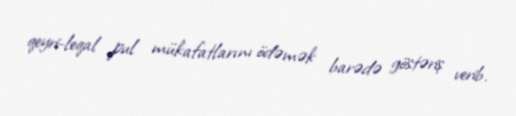
qeyri-leqal pul mükafatlarını ödəmək barədə göstəriş verib.